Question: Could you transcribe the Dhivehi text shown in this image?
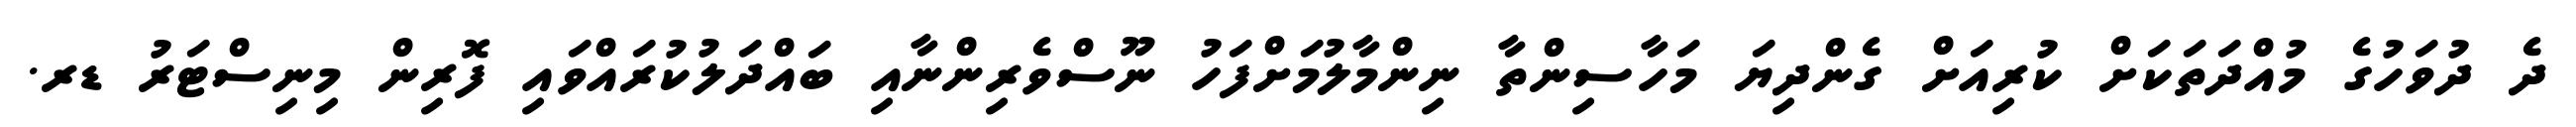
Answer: ދެ ދުވަހުގެ މުއްދަތަކަށް ކުރިއަށް ގެންދިޔަ މަހާސިންތާ ނިންމާލުމަށްފަހު ނޫސްވެރިންނާއި ބައްދަލުކުރައްވައި ފޮރިން މިނިސްޓަރު ޑރ.